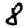
Digit: 8